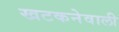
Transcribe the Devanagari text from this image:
खटकनेवाली